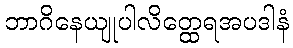
ဘာဂိနေယျုပါလိတ္ထေရအပဒါနံ